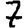
Digit: 7